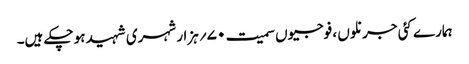
ہمارے کئی جرنلوں ، فوجیوں سمیت ۷۰؍ ہزار شہری شہید ہو چکے ہیں۔